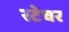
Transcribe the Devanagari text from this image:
स्टेचर